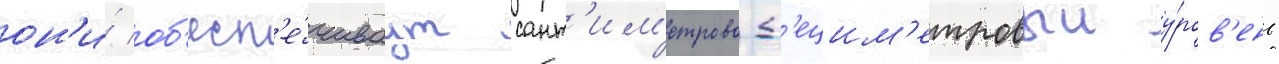
он'и́ об'есп'е́чиваут сант'им'етрово-д'ецим'етровыи у́ров'ень